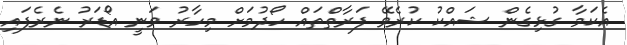
އެކަމާ ގުޅިގެން ޝައްކު ކުރެވޭ ފަރާތްތައް ހޯދުމަށް މިހާރު ވަނީ އޯޑަރު ނެރެފައި